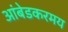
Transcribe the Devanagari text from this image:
आंबेडकरमय